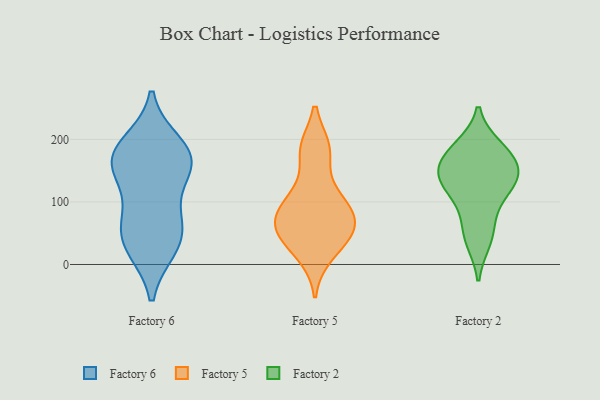
{"axis": {"x": "Population (Million)", "y": "Value"}, "legend": ["Factory 2", "Factory 5", "Factory 6"], "data": [{"x": "", "y": 63, "type": "Factory 6"}, {"x": "", "y": 183, "type": "Factory 6"}, {"x": "", "y": 27, "type": "Factory 6"}, {"x": "", "y": 152, "type": "Factory 6"}, {"x": "", "y": 161, "type": "Factory 6"}, {"x": "", "y": 161, "type": "Factory 6"}, {"x": "", "y": 163, "type": "Factory 6"}, {"x": "", "y": 27, "type": "Factory 6"}, {"x": "", "y": 86, "type": "Factory 6"}, {"x": "", "y": 52, "type": "Factory 6"}, {"x": "", "y": 192, "type": "Factory 6"}, {"x": "", "y": 85, "type": "Factory 5"}, {"x": "", "y": 72, "type": "Factory 5"}, {"x": "", "y": 49, "type": "Factory 5"}, {"x": "", "y": 45, "type": "Factory 5"}, {"x": "", "y": 117, "type": "Factory 5"}, {"x": "", "y": 185, "type": "Factory 5"}, {"x": "", "y": 185, "type": "Factory 5"}, {"x": "", "y": 15, "type": "Factory 5"}, {"x": "", "y": 94, "type": "Factory 5"}, {"x": "", "y": 58, "type": "Factory 5"}, {"x": "", "y": 94, "type": "Factory 2"}, {"x": "", "y": 136, "type": "Factory 2"}, {"x": "", "y": 123, "type": "Factory 2"}, {"x": "", "y": 172, "type": "Factory 2"}, {"x": "", "y": 155, "type": "Factory 2"}, {"x": "", "y": 187, "type": "Factory 2"}, {"x": "", "y": 182, "type": "Factory 2"}, {"x": "", "y": 52, "type": "Factory 2"}, {"x": "", "y": 136, "type": "Factory 2"}, {"x": "", "y": 39, "type": "Factory 2"}, {"x": "", "y": 142, "type": "Factory 2"}]}